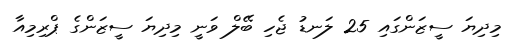
މިދިޔަ ސީޒަންގައި 25 ލަނޑު ޖެހި ބޭލް ވަނީ މިދިޔަ ސީޒަންގެ ޕްރިމިއާ